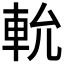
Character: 𨋍